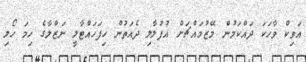
އަވިކް ވާހަކަ ދައްކަމުން މޭޒުމައްޗަށް އުފުލާލި ދެއަތުން ހިފަހައްޓާލީ ނަޒްލާގެ ހިމަ ހޯލި